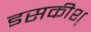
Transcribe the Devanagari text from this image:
इसकीश्